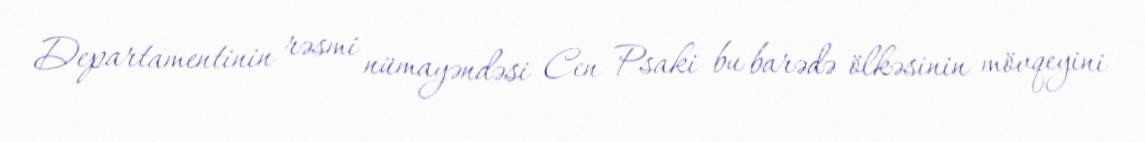
Departamentinin rəsmi nümayəndəsi Cen Psaki bu barədə ölkəsinin mövqeyini